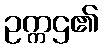
ဥက္ကဌ၏